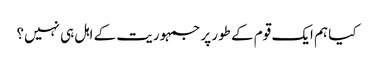
کیا ہم ایک قوم کے طور پر جمہوریت کے اہل ہی نہیں؟